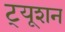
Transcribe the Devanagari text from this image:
ट्‍यूशन